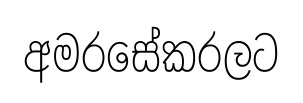
අමරසේකරලට